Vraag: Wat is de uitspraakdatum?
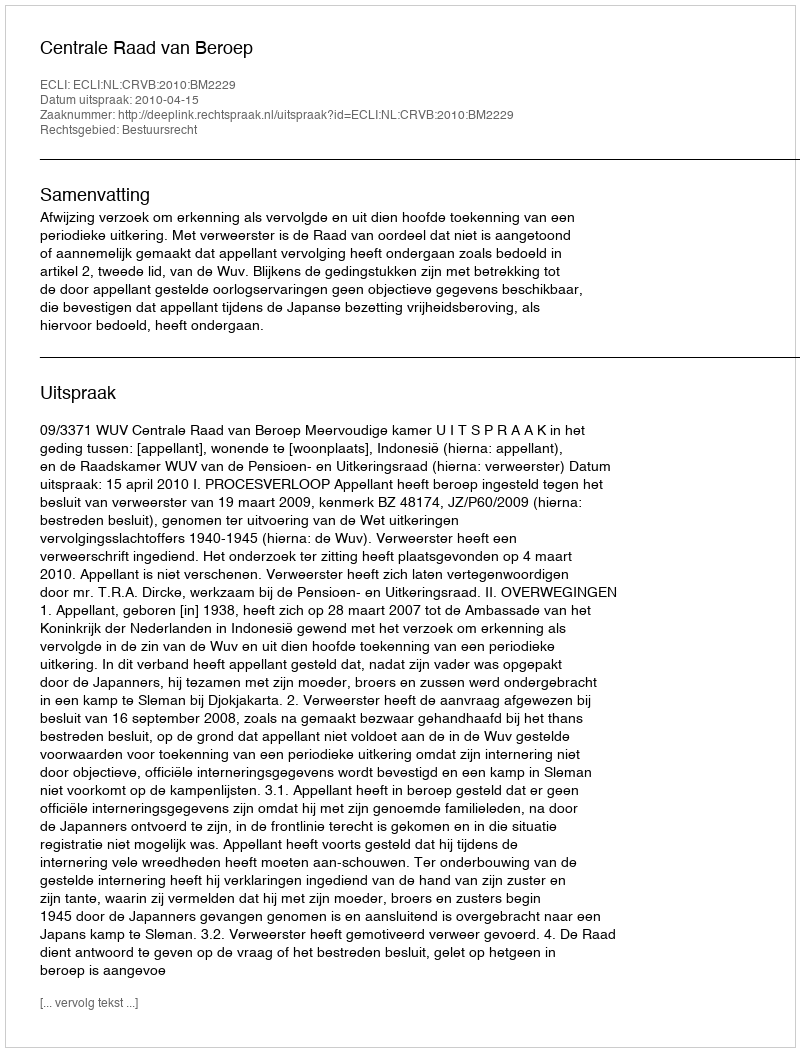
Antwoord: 2010-04-15